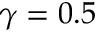
\gamma = 0 . 5